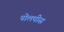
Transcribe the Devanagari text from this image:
पोलपीस